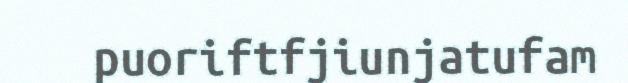
puoriftfjiunjatufam